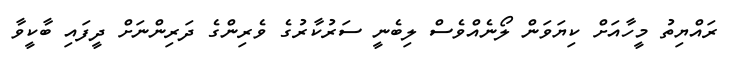
ރައްޔިތު މީހާއަށް ކިޔަވަން ލޯނެއްވެސް ލިބެނީ ސަރުކާރުގެ ވެރިންގެ ދަރިންނަށް ދީފައި ބާކީވާ